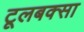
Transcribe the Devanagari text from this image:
टूलबक्सा